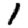
Digit: 1